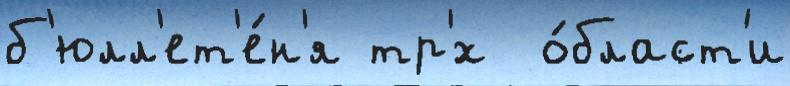
б'юлл'ет'е́н'я тр'́х  о́бласт'и